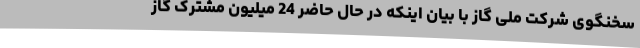
سخنگوی شرکت ملی گاز با بیان اینکه در حال حاضر 24 میلیون مشترک گاز